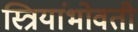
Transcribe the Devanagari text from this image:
स्त्रियांभोवती